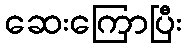
ဆေးကြောပြီး